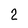
Character: 2